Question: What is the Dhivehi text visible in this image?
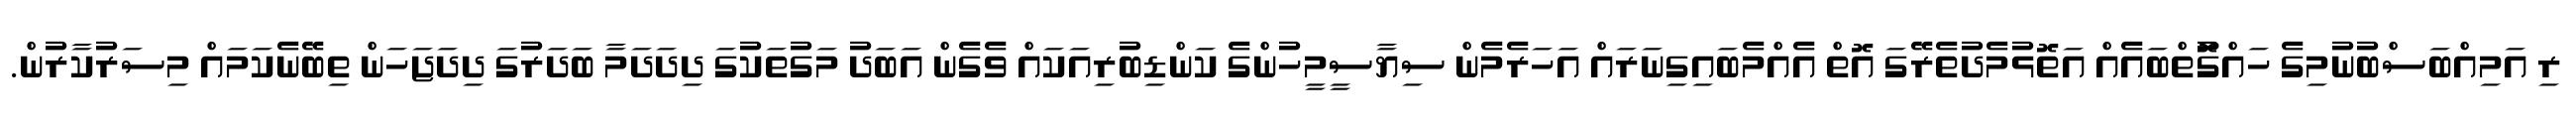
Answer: ރި އަމިއްބަސްބުނުމިގެ ހައްގުޮތްބައެއް އަތޮޅުމެދުތެރޭގަ އޮތް އެއްމެބައިގިނަރައް އަހަރެމެން ސިޔާސީމީހުންގެ ކަންޑިބުރިއަކައް ވެގެން އަބަދު މަގުތަކުގަ ދިދަދަމާ ބަދަރުގަ ދިދަޖަހަން ތިބޭނެކަމައް މިސަރުކާރުން.